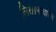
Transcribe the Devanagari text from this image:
लिखाणाधारेच